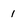
Character: 1